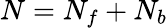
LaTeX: N=N_{f}+N_{b}